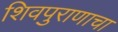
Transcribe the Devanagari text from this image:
शिवपुराणाचा